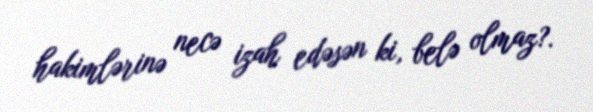
hakimlərinə necə izah edəsən ki, belə olmaz?.